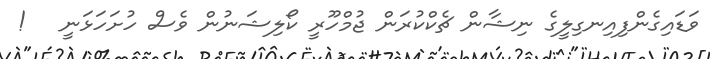
ވަޑައިގެންފިއިނގިލީގެ ނިޝާން ޗެކްކުރަން ޖުމްހޫރީ ކޯލިޝަނުން ވެސް ހުށަހަޅަނީ   !